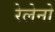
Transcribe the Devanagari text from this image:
रेलेनो